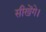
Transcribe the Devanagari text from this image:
सीखेंगे।